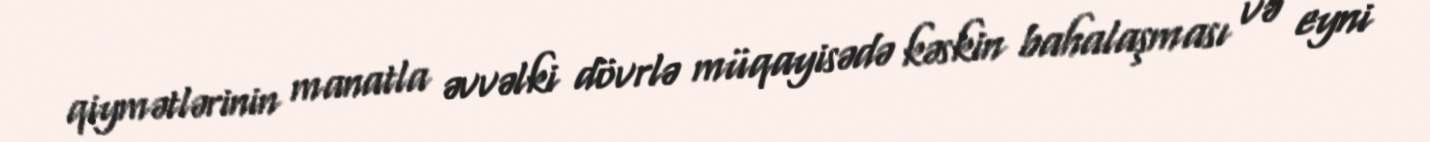
qiymətlərinin manatla əvvəlki dövrlə müqayisədə kəskin bahalaşması və eyni